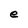
Character: e